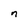
Character: n